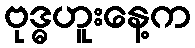
ဗုဒ္ဓဟူးနေ့က